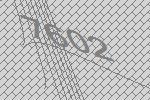
7602